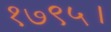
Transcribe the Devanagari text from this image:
१७९५।